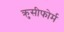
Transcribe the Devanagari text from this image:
क्रुसीफोर्म